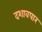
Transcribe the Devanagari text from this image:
दशावपार